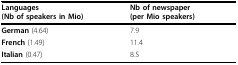
| Languages(Nb of speakers in Mio) | Nb of newspaper(per Mio speakers) |
 | --- | --- |
 | German (4.64) | 7.9 |
 | French (1.49) | 11.4 |
 | Italian (0.47) | 8.5 |